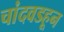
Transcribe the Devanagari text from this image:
चांदवडहून